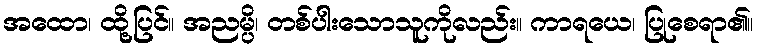
အထော၊ ထို့ပြင်။ အညမ္ပိ၊ တစ်ပါးသောသူကိုလည်း။ ကာရယေ၊ ပြုစေရာ၏။